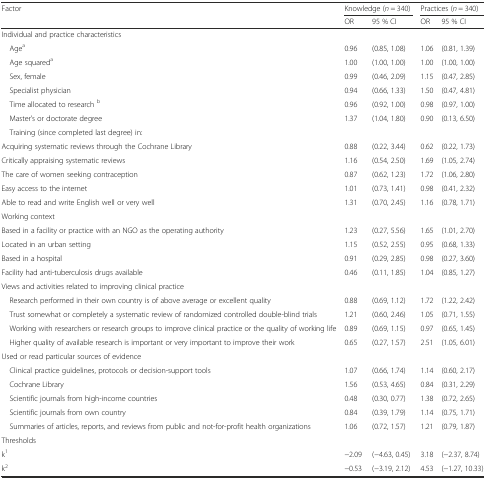
<table><thead><tr><td rowspan="2"><b>Factor</b></td><td colspan="2"><b>Knowledge (<i>n</i> = 340)</b></td><td colspan="2"><b>Practices (<i>n</i> = 340)</b></td></tr><tr><td><b>OR</b></td><td><b>95 % CI</b></td><td><b>OR</b></td><td><b>95 % CI</b></td></tr></thead><tbody><tr><td colspan="5">Individual and practice characteristics</td></tr><tr><td> Age<sup>a</sup></td><td>0.96</td><td>(0.85, 1.08)</td><td>1.06</td><td>(0.81, 1.39)</td></tr><tr><td> Age squared<sup>a</sup></td><td>1.00</td><td>(1.00, 1.00)</td><td>1.00</td><td>(1.00, 1.00)</td></tr><tr><td> Sex, female</td><td>0.99</td><td>(0.46, 2.09)</td><td>1.15</td><td>(0.47, 2.85)</td></tr><tr><td> Specialist physician</td><td>0.94</td><td>(0.66, 1.33)</td><td>1.50</td><td>(0.47, 4.81)</td></tr><tr><td> Time allocated to research <sup>b</sup></td><td>0.96</td><td>(0.92, 1.00)</td><td>0.98</td><td>(0.97, 1.00)</td></tr><tr><td> Master’s or doctorate degree</td><td>1.37</td><td>(1.04, 1.80)</td><td>0.90</td><td>(0.13, 6.50)</td></tr><tr><td> Training (since completed last degree) in:</td><td></td><td></td><td></td><td></td></tr><tr><td>Acquiring systematic reviews through the Cochrane Library</td><td>0.88</td><td>(0.22, 3.44)</td><td>0.62</td><td>(0.22, 1.73)</td></tr><tr><td>Critically appraising systematic reviews</td><td>1.16</td><td>(0.54, 2.50)</td><td>1.69</td><td>(1.05, 2.74)</td></tr><tr><td>The care of women seeking contraception</td><td>0.87</td><td>(0.62, 1.23)</td><td>1.72</td><td>(1.06, 2.80)</td></tr><tr><td>Easy access to the internet</td><td>1.01</td><td>(0.73, 1.41)</td><td>0.98</td><td>(0.41, 2.32)</td></tr><tr><td>Able to read and write English well or very well</td><td>1.31</td><td>(0.70, 2.45)</td><td>1.16</td><td>(0.78, 1.71)</td></tr><tr><td colspan="5">Working context</td></tr><tr><td>Based in a facility or practice with an NGO as the operating authority</td><td>1.23</td><td>(0.27, 5.56)</td><td>1.65</td><td>(1.01, 2.70)</td></tr><tr><td>Located in an urban setting</td><td>1.15</td><td>(0.52, 2.55)</td><td>0.95</td><td>(0.68, 1.33)</td></tr><tr><td>Based in a hospital</td><td>0.91</td><td>(0.29, 2.85)</td><td>0.98</td><td>(0.27, 3.60)</td></tr><tr><td>Facility had anti-tuberculosis drugs available</td><td>0.46</td><td>(0.11, 1.85)</td><td>1.04</td><td>(0.85, 1.27)</td></tr><tr><td colspan="5">Views and activities related to improving clinical practice</td></tr><tr><td> Research performed in their own country is of above average or excellent quality</td><td>0.88</td><td>(0.69, 1.12)</td><td>1.72</td><td>(1.22, 2.42)</td></tr><tr><td> Trust somewhat or completely a systematic review of randomized controlled double-blind trials</td><td>1.21</td><td>(0.60, 2.46)</td><td>1.05</td><td>(0.71, 1.55)</td></tr><tr><td> Working with researchers or research groups to improve clinical practice or the quality of working life</td><td>0.89</td><td>(0.69, 1.15)</td><td>0.97</td><td>(0.65, 1.45)</td></tr><tr><td> Higher quality of available research is important or very important to improve their work</td><td>0.65</td><td>(0.27, 1.57)</td><td>2.51</td><td>(1.05, 6.01)</td></tr><tr><td colspan="5">Used or read particular sources of evidence</td></tr><tr><td> Clinical practice guidelines, protocols or decision-support tools</td><td>1.07</td><td>(0.66, 1.74)</td><td>1.14</td><td>(0.60, 2.17)</td></tr><tr><td> Cochrane Library</td><td>1.56</td><td>(0.53, 4.65)</td><td>0.84</td><td>(0.31, 2.29)</td></tr><tr><td> Scientific journals from high-income countries</td><td>0.48</td><td>(0.30, 0.77)</td><td>1.38</td><td>(0.72, 2.65)</td></tr><tr><td> Scientific journals from own country</td><td>0.84</td><td>(0.39, 1.79)</td><td>1.14</td><td>(0.75, 1.71)</td></tr><tr><td> Summaries of articles, reports, and reviews from public and not-for-profit health organizations</td><td>1.06</td><td>(0.72, 1.57)</td><td>1.21</td><td>(0.79, 1.87)</td></tr><tr><td colspan="5">Thresholds</td></tr><tr><td>k<sup>1</sup></td><td>−2.09</td><td>(−4.63, 0.45)</td><td>3.18</td><td>(−2.37, 8.74)</td></tr><tr><td>k<sup>2</sup></td><td>−0.53</td><td>(−3.19, 2.12)</td><td>4.53</td><td>(−1.27, 10.33)</td></tr></tbody></table>